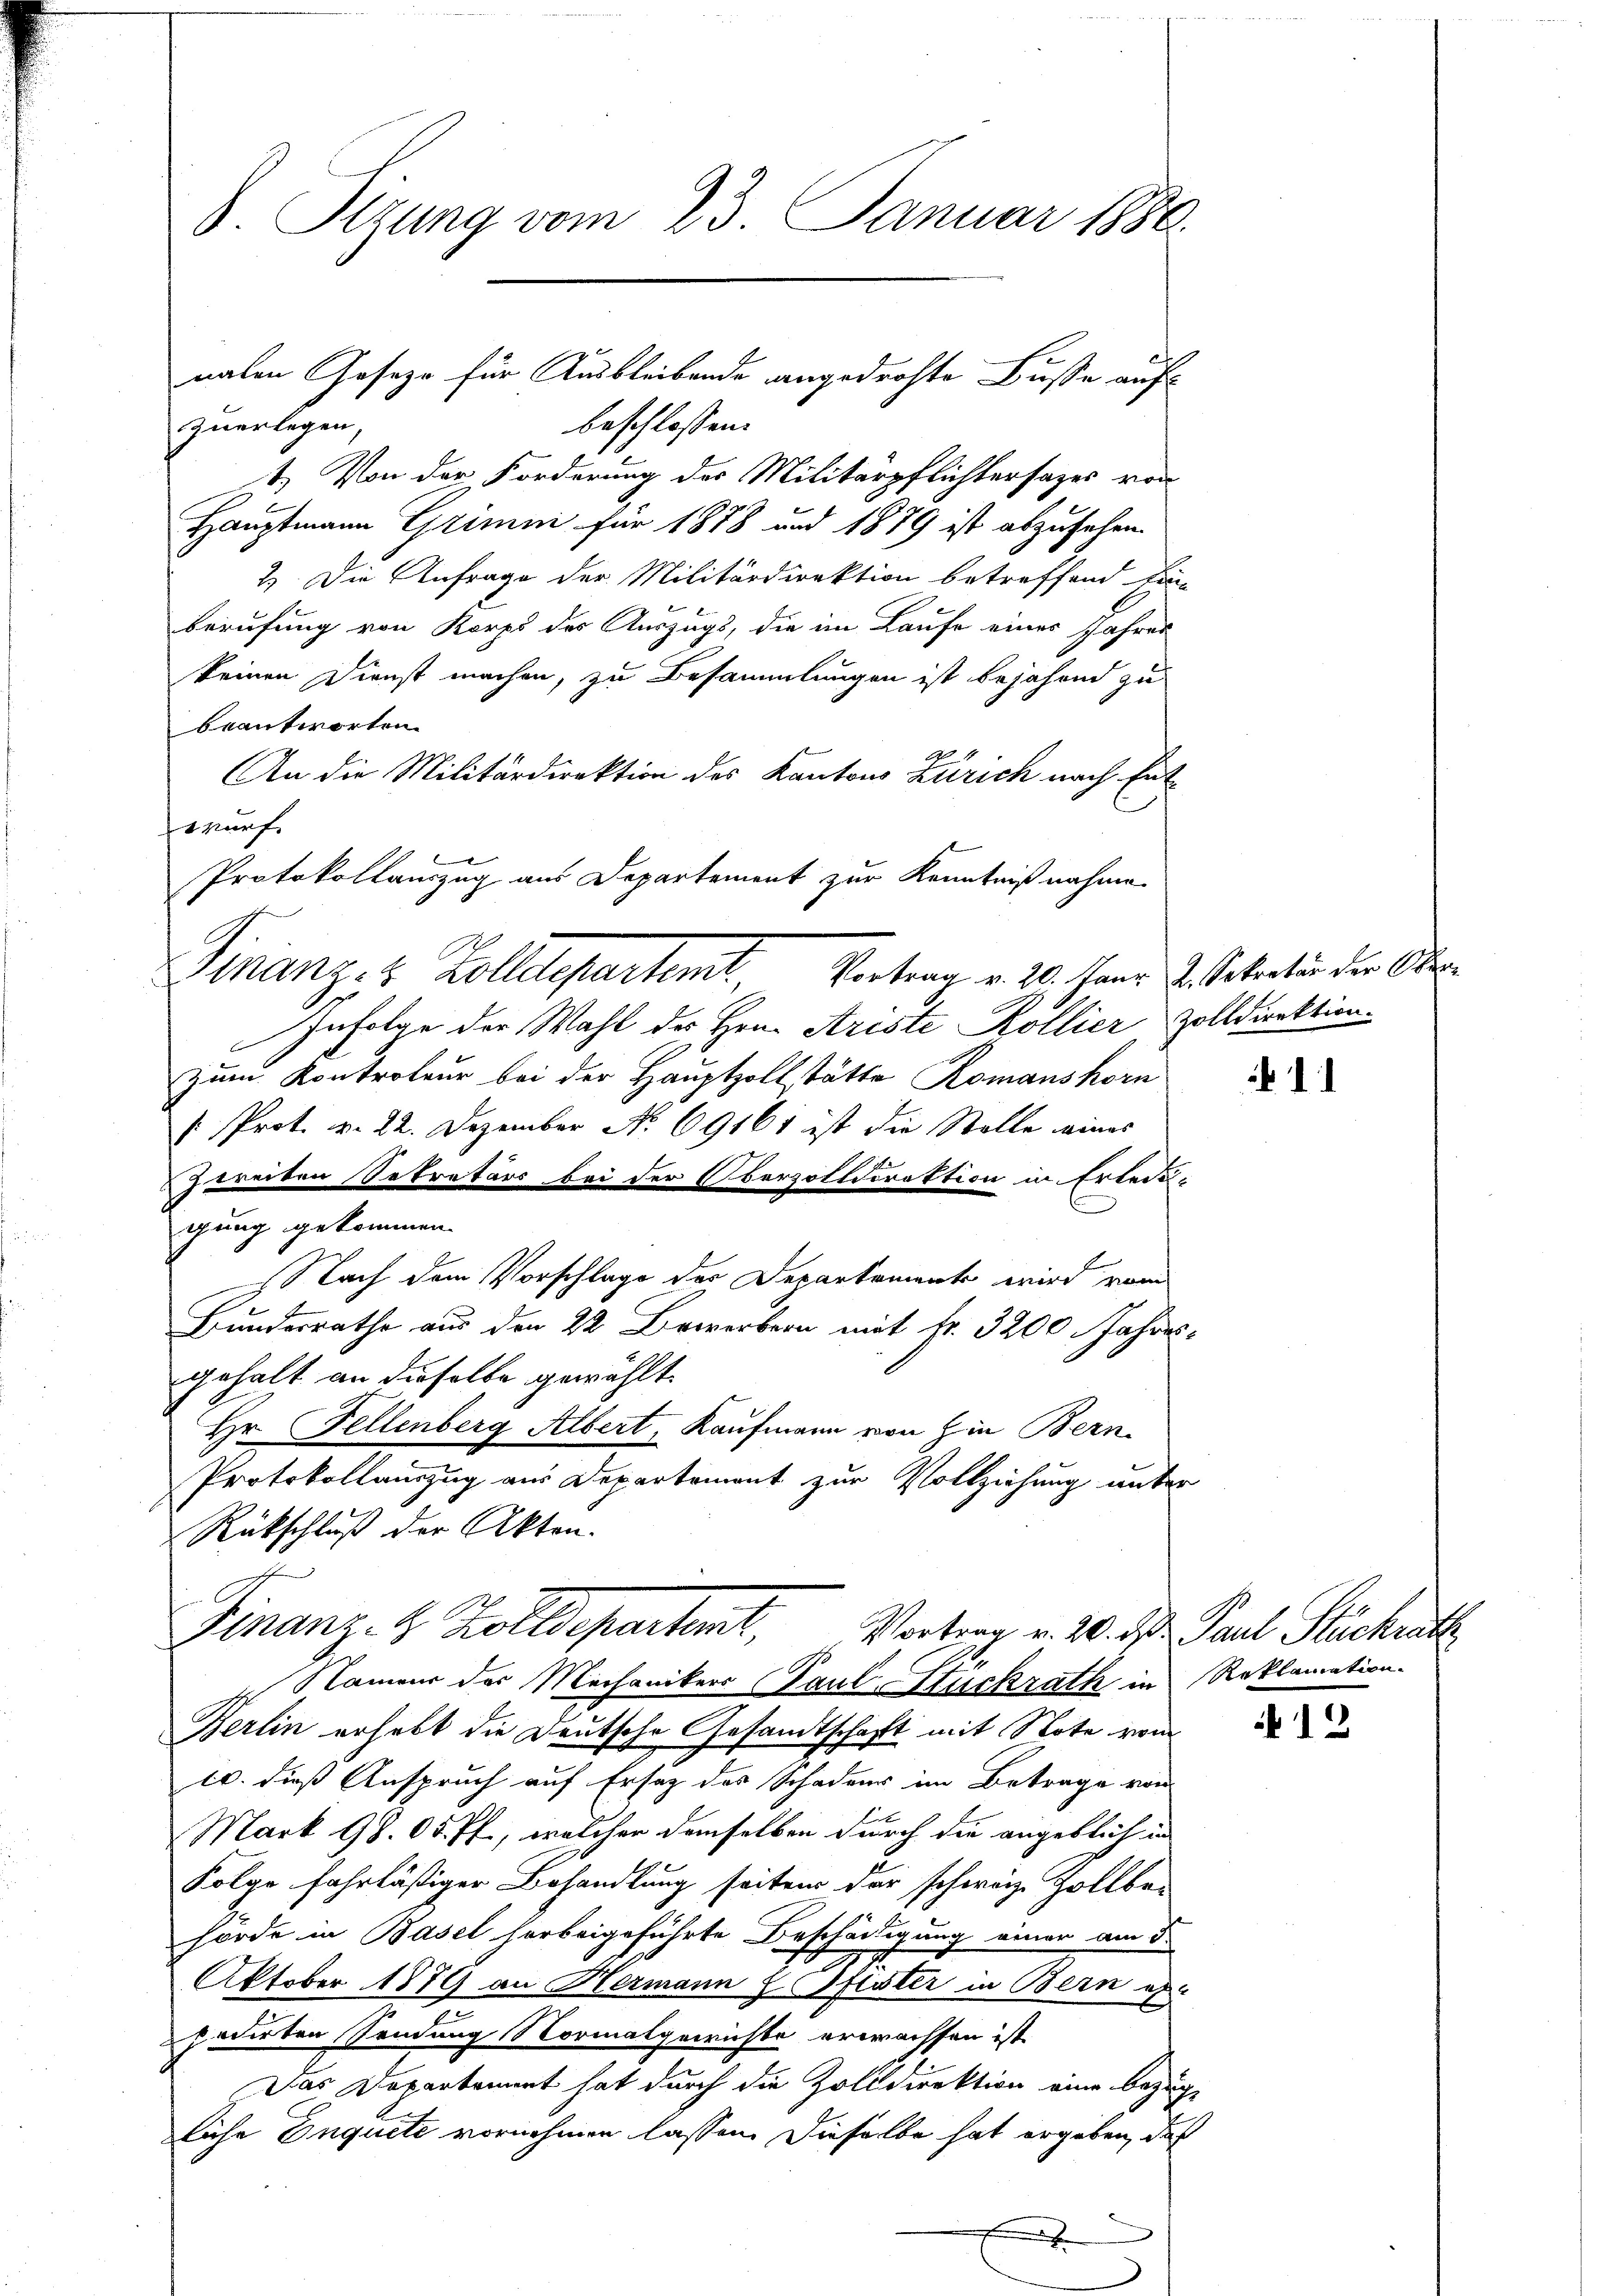
8. Sizung vom 23. Januar 1880

beschlossen.
zuerlegen,
1.) Von der Forderung des Militärpflichtersazes von
Hauptmann Grimmi für 1878 und 1879 ist abzusehen.
2) Die Anfrage der Militärdirektion betreffend Ein-
berufung von Korps des Auszugs, die im Laufe eines Jahres
keinen Dienst machen, zu Besammlungen ist bejahend zu
beantworten.
An die Militärdirektion des Kantons Zürich nach Entwurf.
Protokollauszug aus Departement zur Kenntnißnahme.
Infolge der Wahl des Hrn. Ariste Kollier Zolldirektion.
zum Kontroleur bei der Hauptzoll tätte Romanshorn
: Prot. v. 22. Dezember No 69161 ist die Stelle eines
Zwreiten Sekretärs bei der Oberzolldirektion in Erledi-
gung gekommen.
Nach dem Vorschlage der Departement wird vom
Bundesrathe aus den 22 Bewerbern mit fr. 3200 Jahres
gehalt an dieselbe gewählt
Hr. Fellenberg Albert, Kaufmann von in Bern
Protokollauszug aus Departement zur Vollziehung unter
Rückschluß der Akten.
Finanz- B. Zolldepartent, Vortrag v. 20. ds Paul Stückenth
Namens der Mechanikers Paul Stuckrath in Reklamation.
Berlin erhebt die Deutsche Gesandtschaft mit Note vom
tr. dieß Anspruch auf Ersatz des Schadens im Betrage von
Mark 98. 05 ff., welcher demselben durch die angeblich in
Folge fahrläßiger Behandlung seiten der schweiz. Zollbe-
hörde in Basel herbeigeführte Beschädigung einer am 5.
Oktober 1879 an Hermann z. Pfister in Bern e
hiirten Sendung Normalgewichte erwachsen ist
Das Departement hat durch die Zolldirektion eine Bezug
liche Inquete vornehmen lassen. Dieselbe hat ergeben, das
F

nalen Gesezt für Ausbleibende angedrohte Busse auf

Finanz- & Zolldepartemt, Vortrag v. 26. Janr. v. Sekreter der Ober

e

2

12